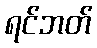
ရင်ဘတ်